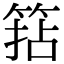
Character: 𥮠